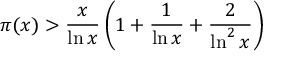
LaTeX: \pi ( x ) > { \frac { x } { \ln x } } \left( 1 + { \frac { 1 } { \ln x } } + { \frac { 2 } { \ln ^ { 2 } x } } \right)